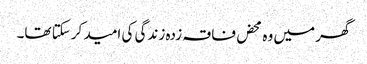
گھر میں وہ محض فاقہ زدہ زندگی کی امید کرسکتا تھا۔